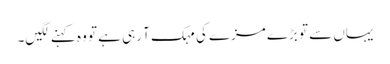
یہاں سے تو بڑے مزے کی مہک آ رہی ہے تو وہ کہنے لگیں۔